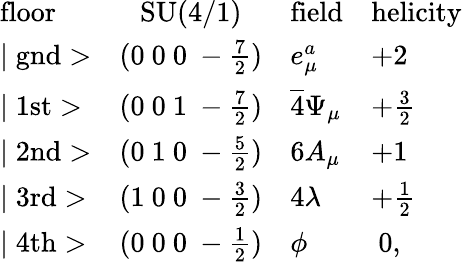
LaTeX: \begin{array}{lcll}{{\mathrm{floor}}}&{{\mathrm{SU(4/1)}}}&{{\mathrm{field}}}&{{\mathrm{helicity}}}\\ {{\mid\mathrm{gnd}>}}&{{(0~0~0~-\frac{7}{2})}}&{{e_{\mu}^{a}}}&{{+2}}\\ {{\mid\mathrm{1st}>}}&{{(0~0~1~-\frac{7}{2})}}&{{\overline{{4}}\Psi_{\mu}}}&{{+\frac{3}{2}}}\\ {{\mid\mathrm{2nd}>}}&{{(0~1~0~-\frac{5}{2})}}&{{6A_{\mu}}}&{{+1}}\\ {{\mid\mathrm{3rd}>}}&{{(1~0~0~-\frac{3}{2})}}&{{4\lambda}}&{{+\frac{1}{2}}}\\ {{\mid\mathrm{4th}>}}&{{(0~0~0~-\frac{1}{2})}}&{{\phi}}&{{~0,}}\end{array}